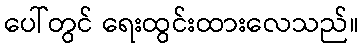
ပေါ်တွင် ရေးထွင်းထားလေသည်။